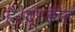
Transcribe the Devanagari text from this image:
है।दूरडीह